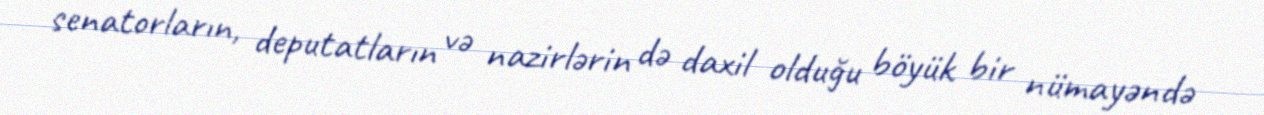
senatorların, deputatların və nazirlərin də daxil olduğu böyük bir nümayəndə